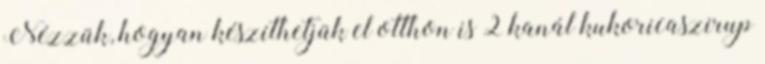
Nézzük, hogyan készíthetjük el otthon is 2 kanál kukoricaszirup